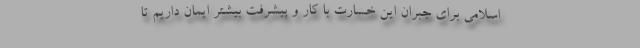
اسلامی برای جبران این خسارت با کار و پیشرفت بیشتر ایمان داریم تا